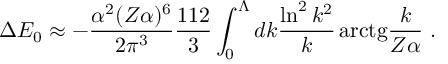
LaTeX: \Delta E _ { 0 } \approx - \frac { \alpha ^ { 2 } ( Z \alpha ) ^ { 6 } } { 2 \pi ^ { 3 } } \frac { 1 1 2 } { 3 } \int _ { 0 } ^ { \Lambda } d k \frac { \ln ^ { 2 } k ^ { 2 } } { k } \, \mathrm { a r c t g } \frac { k } { Z \alpha } \ .